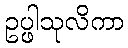
ဥပ္ဖါသုလိကာ